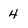
Character: 4